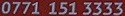
0771 151 3333